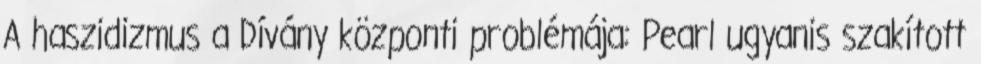
A haszidizmus a Dívány központi problémája: Pearl ugyanis szakított